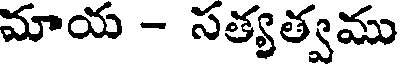
మాయ - సత్యత్వము